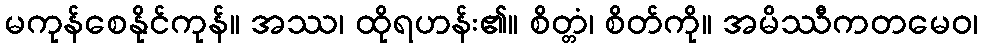
မကုန်စေနိုင်ကုန်။ အဿ၊ ထိုရဟန်း၏။ စိတ္တံ၊ စိတ်ကို။ အမိဿီကတမေဝ၊